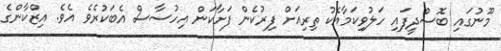
މޫނުގައި ބޮސްދީފައި ހަލުވިކަމާއެކު ތިރިއަށް ފިރުކެން ފަށާކަން އިހުސާސް އެބަކުރެވެ އެވެ. އިޒްކާންގެ